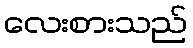
လေးစားသည်